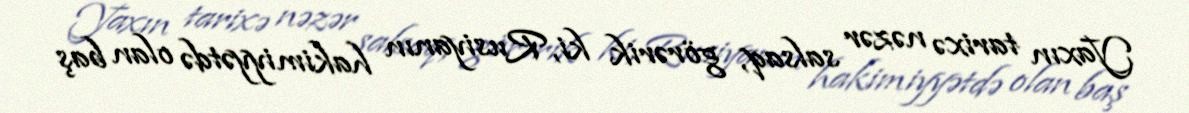
Yaxın tarixə nəzər salsaq, görərik ki, Rusiyanın hakimiyyətdə olan baş